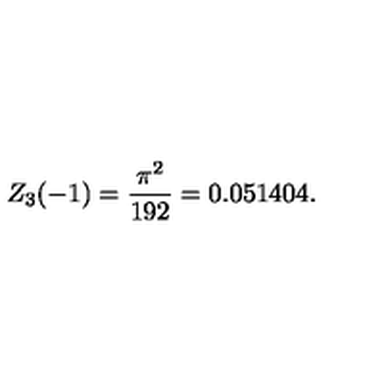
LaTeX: Z _ { 3 } ( - 1 ) = \frac { \pi ^ { 2 } } { 1 9 2 } = 0 . 0 5 1 4 0 4 { . }